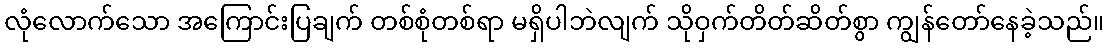
လုံလောက်သော အကြောင်းပြချက် တစ်စုံတစ်ရာ မရှိပါဘဲလျက် သိုဝှက်တိတ်ဆိတ်စွာ ကျွန်တော်နေခဲ့သည်။